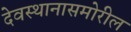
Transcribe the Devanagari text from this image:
देवस्थानासमोरील